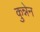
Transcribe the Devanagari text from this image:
कुन्नेन